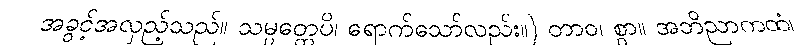
အခွင့်အလှည့်သည်။ သမ္ပတ္တေပိ၊ ရောက်သော်လည်း။) တာဝ၊ စွာ။ အဘိညာကထံ၊